画像に写った文字を読んでください
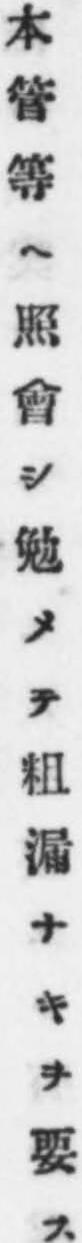
「本管等ヘ照會シ勉メテ粗漏ナキヲ要ス」と書いてあります